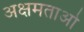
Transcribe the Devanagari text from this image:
अक्षमताओ